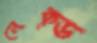
নেক্ড